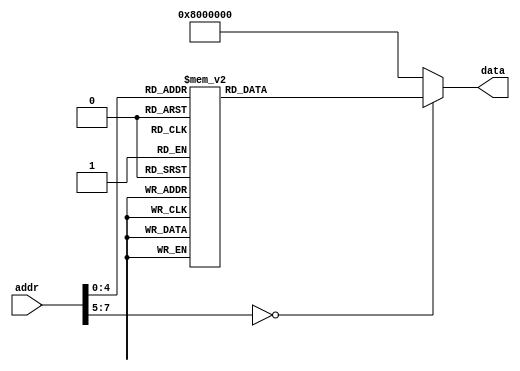
`timescale 1ns/1ps

module ROM (addr,data);
input [31:0] addr;
output [31:0] data;
reg [31:0] data;
localparam ROM_SIZE = 32;
reg [31:0] ROM_DATA[ROM_SIZE-1:0];

always@(*)
	case(addr[7:0])
		0: data <= 32'h3c114000;
		1: data <= 32'h26310004;
		2: data <= 32'h241000aa;
		3: data <= 32'hae200000;
		4: data <= 32'h08100000;
		5: data <= 32'h0c000000;
		6: data <= 32'h00000000;
		7: data <= 32'h3402000a;
		8: data <= 32'h0000000c;
		9: data <= 32'h0000_0000;
		10: data <= 32'h0274_8825;
		11: data <= 32'h0800_0015;
		12: data <= 32'h0274_8820;
		13: data <= 32'h0800_0015;
		14: data <= 32'h0274_882A;
		15: data <= 32'h1011_0002;
		16: data <= 32'h0293_8822;
		17: data <= 32'h0800_0015;
		18: data <= 32'h0274_8822;
		19: data <= 32'h0800_0015; 
		20: data <= 32'h0274_8824;
		21: data <= 32'hae11_0003;
		22: data <= 32'h0800_0001;
	   default:	data <= 32'h0800_0000;
	endcase
endmodule